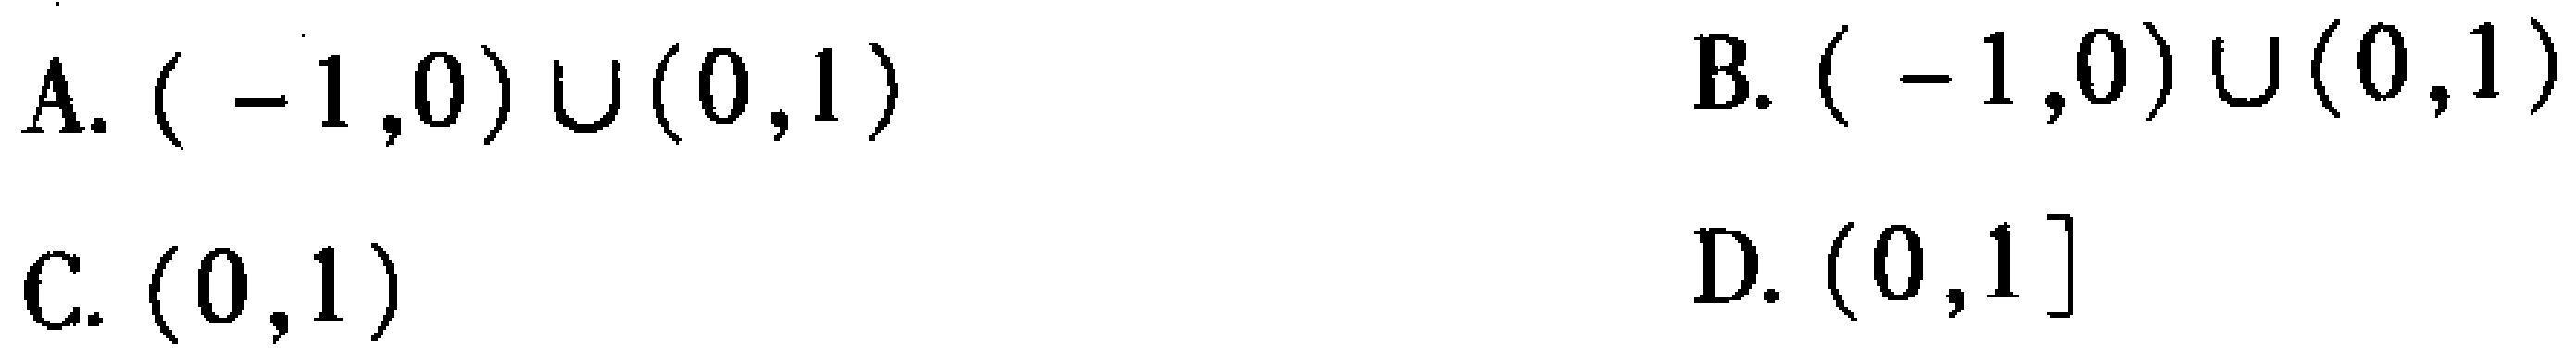
A. \(( -1,0)\cup(0,1)\)

B. \(( -1,0)\cup(0,1)\)

C. \((0,1)\)

D. \((0,1]\)